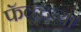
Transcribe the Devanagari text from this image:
फॅक्टऱ्या